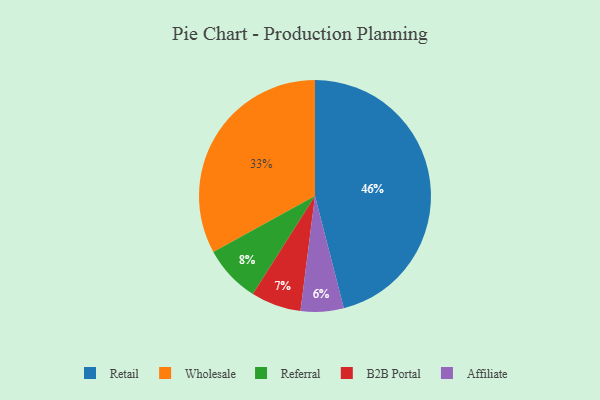
{"axis": {"x": "Category", "y": "Percentage"}, "legend": ["Affiliate", "B2B Portal", "Referral", "Retail", "Wholesale"], "data": [{"x": "Wholesale", "y": 33, "type": "Wholesale"}, {"x": "Affiliate", "y": 6, "type": "Affiliate"}, {"x": "B2B Portal", "y": 7, "type": "B2B Portal"}, {"x": "Retail", "y": 46, "type": "Retail"}, {"x": "Referral", "y": 8, "type": "Referral"}]}